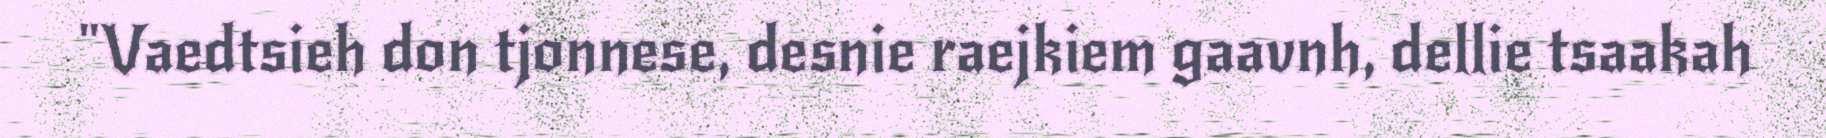
"Vaedtsieh don tjonnese, desnie raejkiem gaavnh, dellie tsaakah